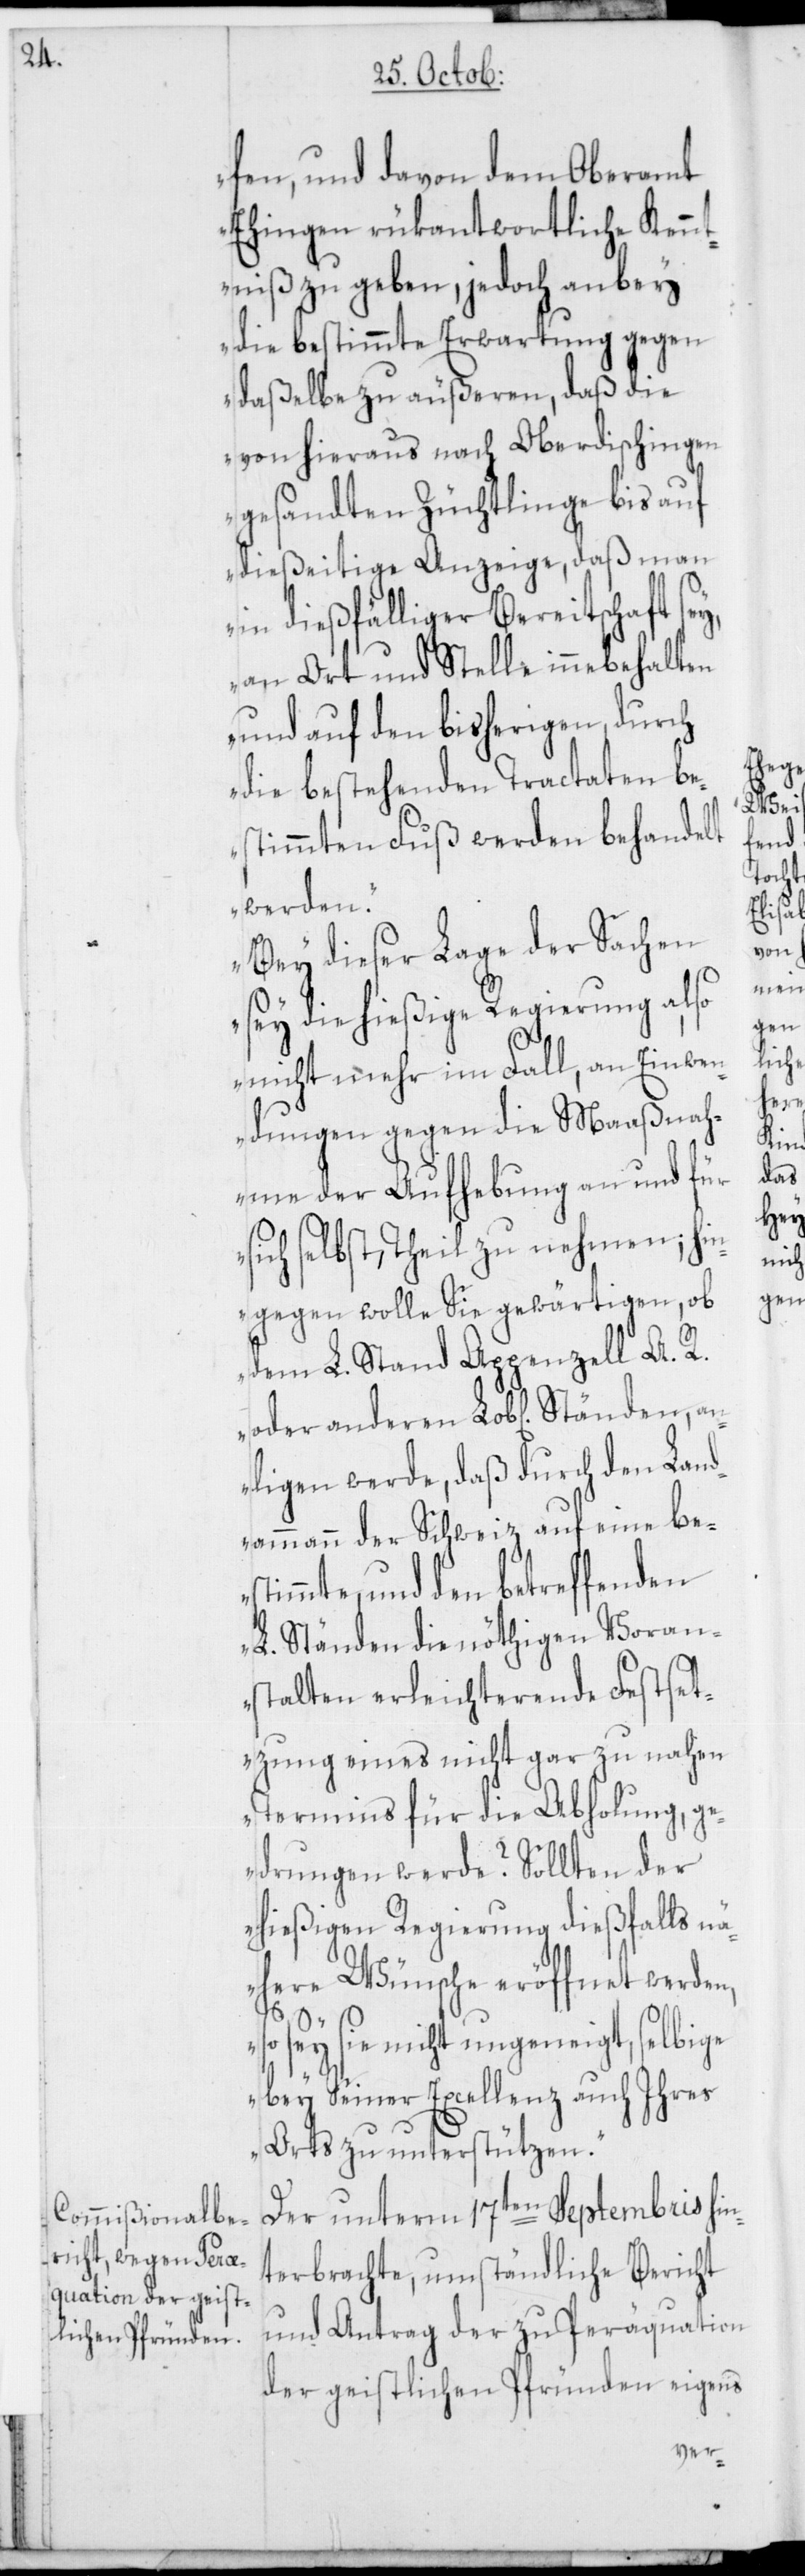
a¬

fen, und davon dem Oberamt
Ehingen rükantwortliche Kennt¬
niß zu geben, jedoch anbey
die bestimmte Erwartung gegen
daßelbe zu äußeren, daß die
von hieraus nach Oberdischingen
gesandten Züchtlinge bis auf
dießeitige Anzeige, daß man
in dießfälliger Bereitschaft sey,
an Ort und Stelle innebehalten
und auf den bisherigen, durch
die bestehenden Tractaten be¬
stimmten Fuß werden behandelt
werden.
Bey dieser Lage der Sachen
sey die hießige Regierung also
nicht mehr im Fall, an Einwen¬
dungen gegen die Maaßnah¬
me der Aufhebung an und für
sich selbst, Theil zu nehmen; hin¬
gegen wolle Sie gewärtigen, ob
dem L. Stand Appenzell A. R.
nligen werde, daß durch den Land¬
ammann der Schweiz auf eine be¬
stimmte, und den betreffenden
L. Ständen die nöthigen Voran¬
stalten erleichterende Festset¬
zung eines nicht gar zu nahen
Termins für die Abholung, ge¬
drungen werde? Sollten der
hießigen Regierung dießfalls nä¬
here Wünsche eröffnet werden,
so sey sie nicht ungeneigt, selbige
bey Seiner Excellenz auch Ihres
Orts zu unterstützen.“
Der unterm 17ten Septembris hin¬
terbrachte, umständliche Bericht
und Antrag der zu Peräquation
der geistlichen Pfründen eigens